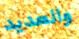
والعديد